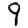
Digit: 9